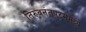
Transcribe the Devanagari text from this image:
तिरुवनंतपुरममध्ये